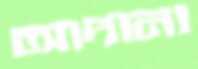
আদানা